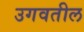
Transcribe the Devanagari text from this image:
उगवतील